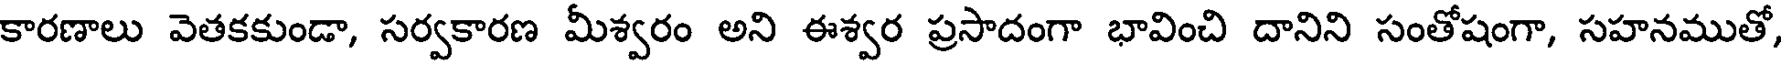
కారణాలు వెతకకుండా, సర్వకారణ మీశ్వరం అని ఈశ్వర ప్రసాదంగా భావించి దానిని సంతోషంగా, సహనముతో,